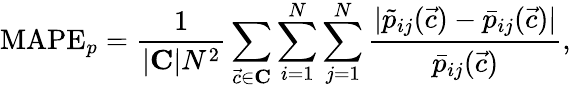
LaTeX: \mathrm{MAPE}_{p}=\frac{1}{|\mathbf{C}|N^{2}}\sum_{\vec{c}\in\mathbf{C}}\sum_{i=1}^{N}\sum_{j=1}^{N}\frac{|\tilde{p}_{ij}(\vec{c})-\bar{p}_{ij}(\vec{c})|}{\bar{p}_{ij}(\vec{c})},